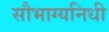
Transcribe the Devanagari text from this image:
सौभाग्यनिधी